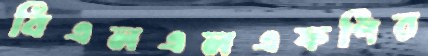
বিএলএলএফপির